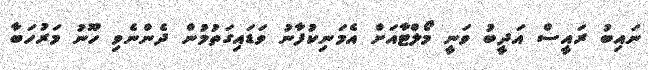
ނައިބު ރައީސް އަދީބު ވަނީ މޯލްޓާއަށް އެމަނިކުފާނު ވަޑައިގަތުމުން ދެންނެވި ހޫނު މަރުހަބާ